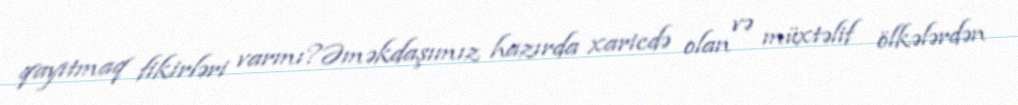
qayıtmaq fikirləri varmı?Əməkdaşımız hazırda xaricdə olan və müxtəlif ölkələrdən